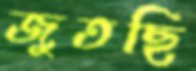
জুতছি